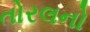
તોરલનો